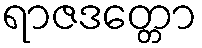
ရာဇဒတ္တော